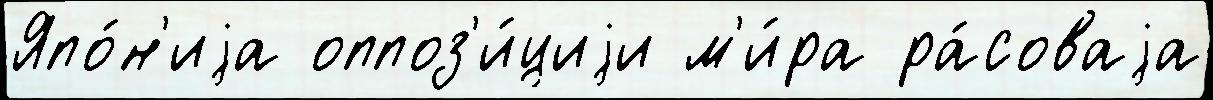
Япо́н'иjа оппоз'и́циjи м'и́ра ра́соваjа